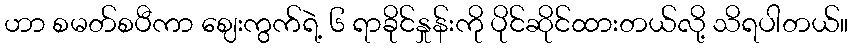
ဟာ စမတ်စပီကာ ဈေးကွက်ရဲ့ ၆ ရာခိုင်နှုန်းကို ပိုင်ဆိုင်ထားတယ်လို့ သိရပါတယ်။